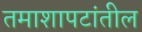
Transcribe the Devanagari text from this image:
तमाशापटांतील